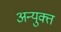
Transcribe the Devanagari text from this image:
अन्युक्त